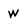
Character: W